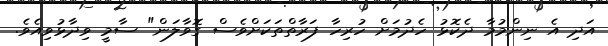
އަދި އެ ނިންމުމާ ދެކޮޅު ހެދުމަށް ހުރިހާ ފަރާތްތަކަށްވެސް ގޮވާލަން" ސާމީ ވިދާޅުވިއެވެ.